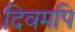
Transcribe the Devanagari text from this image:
दिवमपि